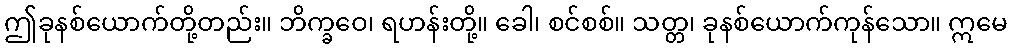
ဤခုနစ်ယောက်တို့တည်း။ ဘိက္ခဝေ၊ ရဟန်းတို့။ ခေါ၊ စင်စစ်။ သတ္တ၊ ခုနစ်ယောက်ကုန်သော။ ဣမေ